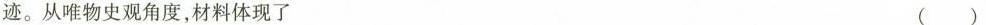
迹。从唯物史观角度，材料体现了 ()